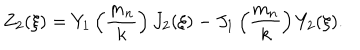
LaTeX: Z _ { 2 } ( \xi ) = Y _ { 1 } \left( \frac { m _ { n } } { k } \right) J _ { 2 } ( \xi ) - J _ { 1 } \left( \frac { m _ { n } } { k } \right) Y _ { 2 } ( \xi ) .